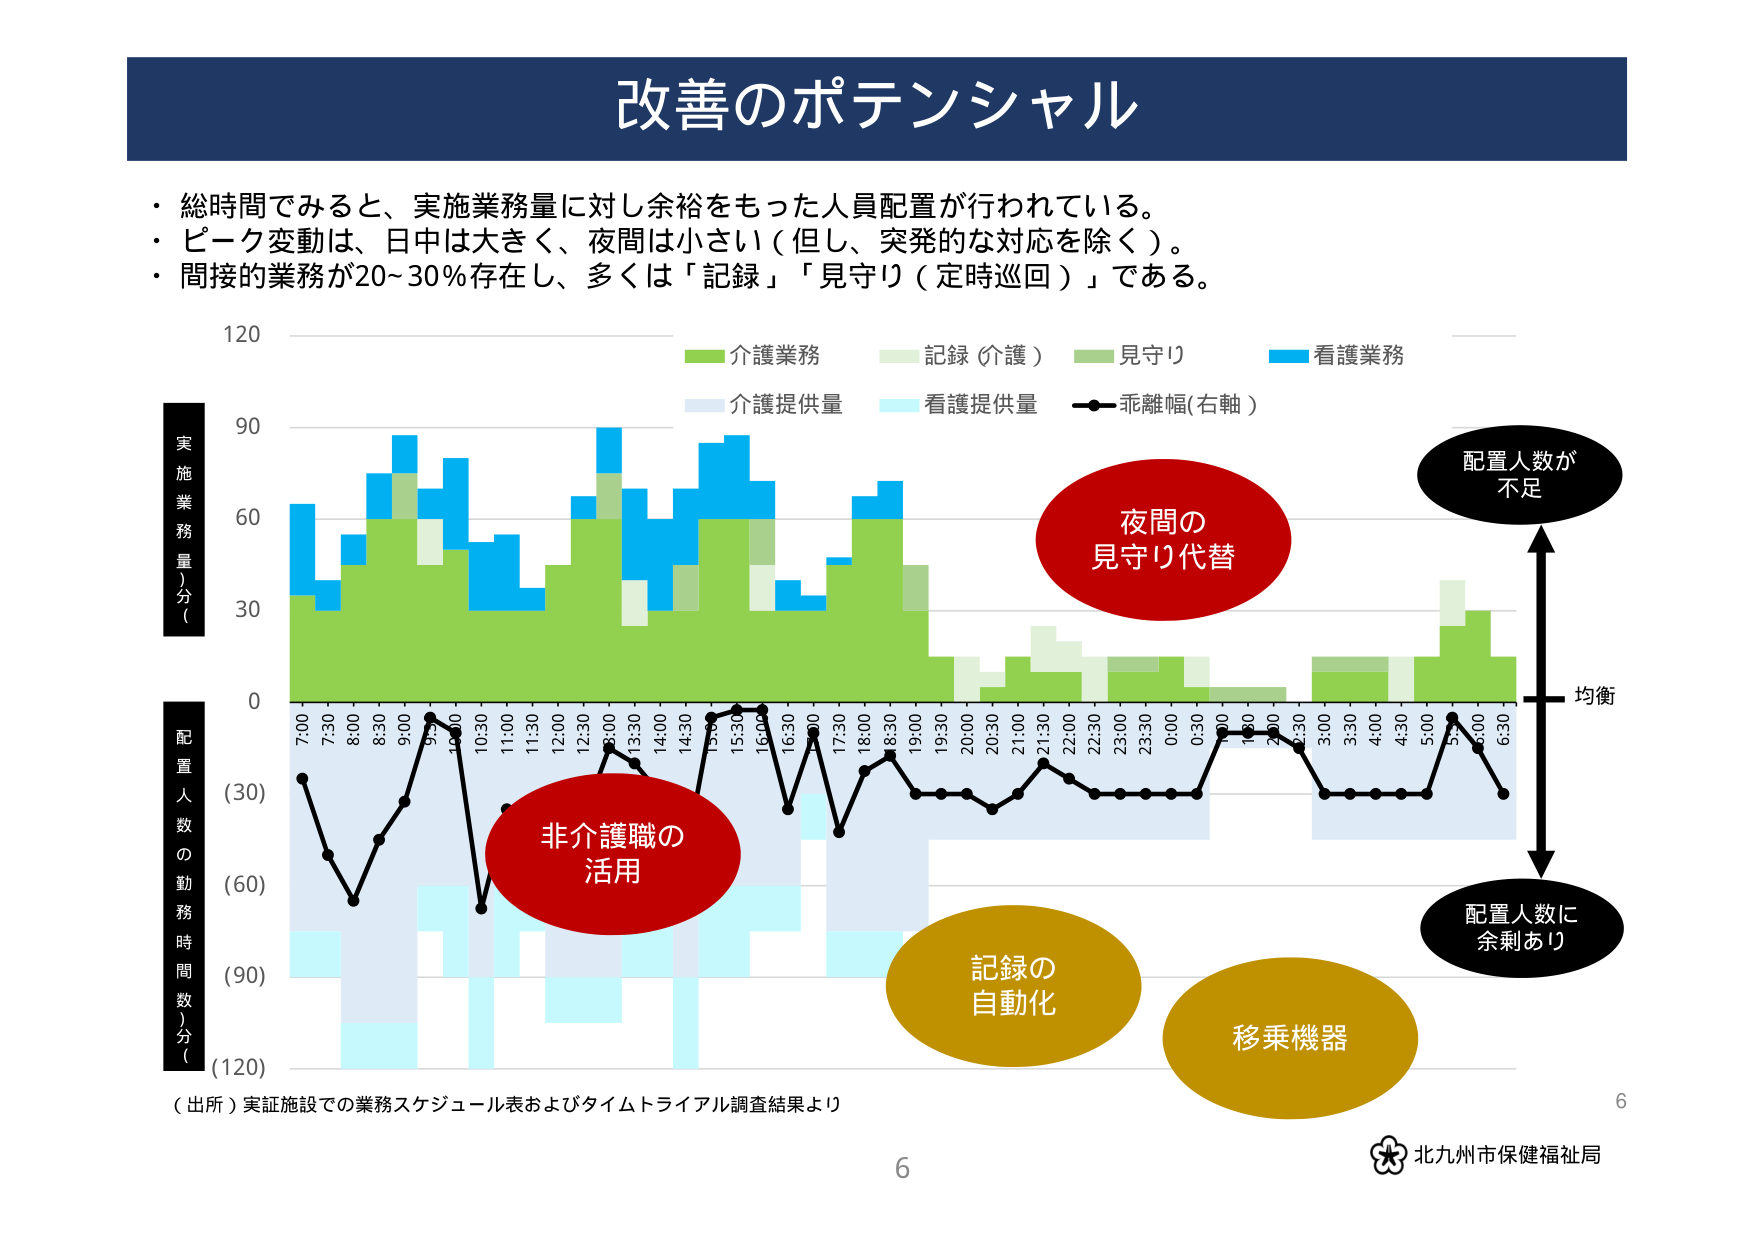
改善のポテンシャル

・総時間でみると、実施業務量に対し余裕をもった人員配置が行われている。
・ピーク変動は、日中は大きく、夜間は小さい（但し、突発的な対応を除く）。
・間接の業務が20～30％存在し、多くは「記録」「見守り（定時巡回）」である。

実施業務量（分）
配置人数の勤務時間数（分）

7:00 7:30 8:00 8:30 9:00 9:30 10:00 10:30 11:00 11:30 12:00 12:30 13:00 13:30 14:00 14:30 15:00 15:30 16:00 16:30 17:00 17:30 18:00 18:30 19:00 19:30 20:00 20:30 21:00 21:30 22:00 22:30 23:00 23:30 0:00 0:30 1:00 1:30 2:00 2:30 3:00 3:30 4:00 4:30 5:00 5:30 6:00 6:30

介護業務
記録（介護）
見守り
看護業務
介護提供量
看護提供量
乖離幅（右軸）

夜間の
見守り代替

非介護職の
活用

記録の
自動化

移乗機器

配置人数が
不足

均衡

配置人数に
余剰あり

（出所）実証施設での業務スケジュール表およびタイムトライアル調査結果より

6

北九州市保健福祉局